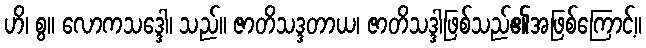
ဟိ၊ စွ။ လောကသဒ္ဒေါ၊ သည်။ ဇာတိသဒ္ဒတာယ၊ ဇာတိသဒ္ဒါဖြစ်သည်၏အဖြစ်ကြောင့်။